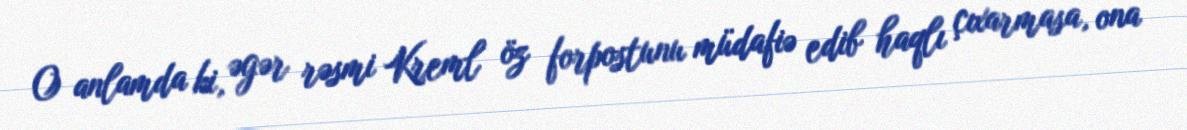
O anlamda ki, əgər rəsmi Kreml öz forpostunu müdafiə edib haqlı çıxarmasa, ona